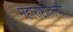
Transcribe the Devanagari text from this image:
महाराष्टातल्या